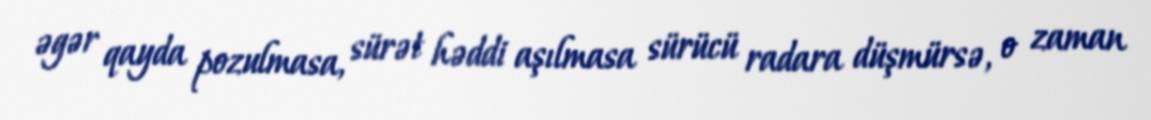
əgər qayda pozulmasa, sürət həddi aşılmasa sürücü radara düşmürsə, o zaman